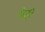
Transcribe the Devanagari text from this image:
मेजी